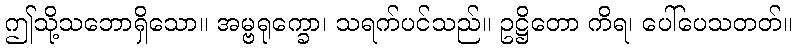
ဤသို့သဘောရှိသော။ အမ္ဗရုက္ခော၊ သရက်ပင်သည်။ ဥဋ္ဌိတော ကိရ၊ ပေါ်ပေသတတ်။